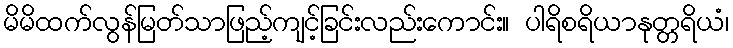
မိမိထက်လွန်မြတ်သာဖြည့်ကျင့်ခြင်းလည်းကောင်း။ ပါရိစရိယာနုတ္တရိယံ၊